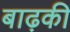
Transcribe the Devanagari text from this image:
बाढ़की